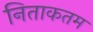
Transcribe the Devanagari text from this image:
निताकतम